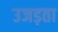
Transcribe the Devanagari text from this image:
उजड़ता